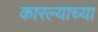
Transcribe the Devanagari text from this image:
कारल्याच्या